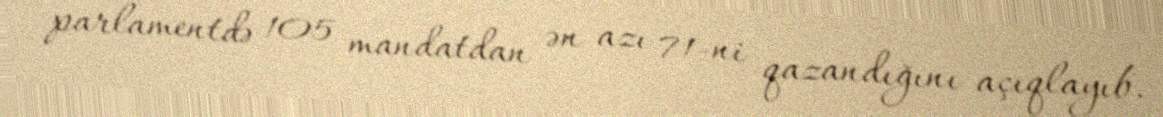
parlamentdə 105 mandatdan ən azı 71-ni qazandığını açıqlayıb.